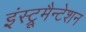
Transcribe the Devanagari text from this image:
इंस्ट्रूमैन्टेशन